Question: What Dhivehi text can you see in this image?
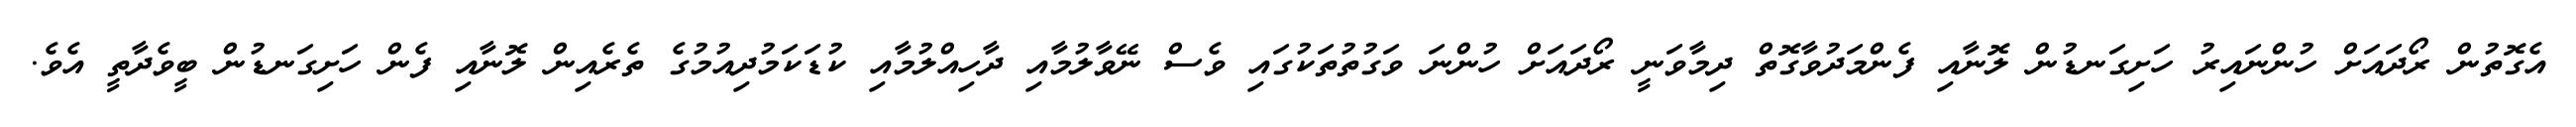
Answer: އެގޮތުން ރޯދައަށް ހުންނައިރު ހަށިގަނޑުން ލޮނާއި ފެންމަދުވާގޮތް ދިމާވަނީ ރޯދައަށް ހުންނަ ވަގުތުތަކުގައި ވެސް ނޭވާލުމާއި ދާހިއްލުމާއި ކުޑަކަމުދިއުމުގެ ތެރެއިން ލޮނާއި ފެން ހަށިގަނޑުން ބީވެދާތީ އެވެ.